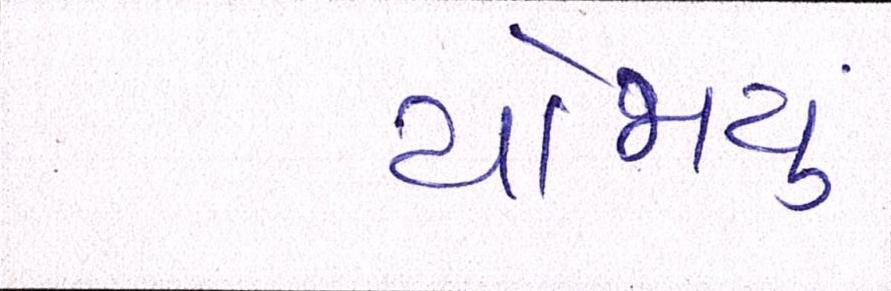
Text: યોજાયું